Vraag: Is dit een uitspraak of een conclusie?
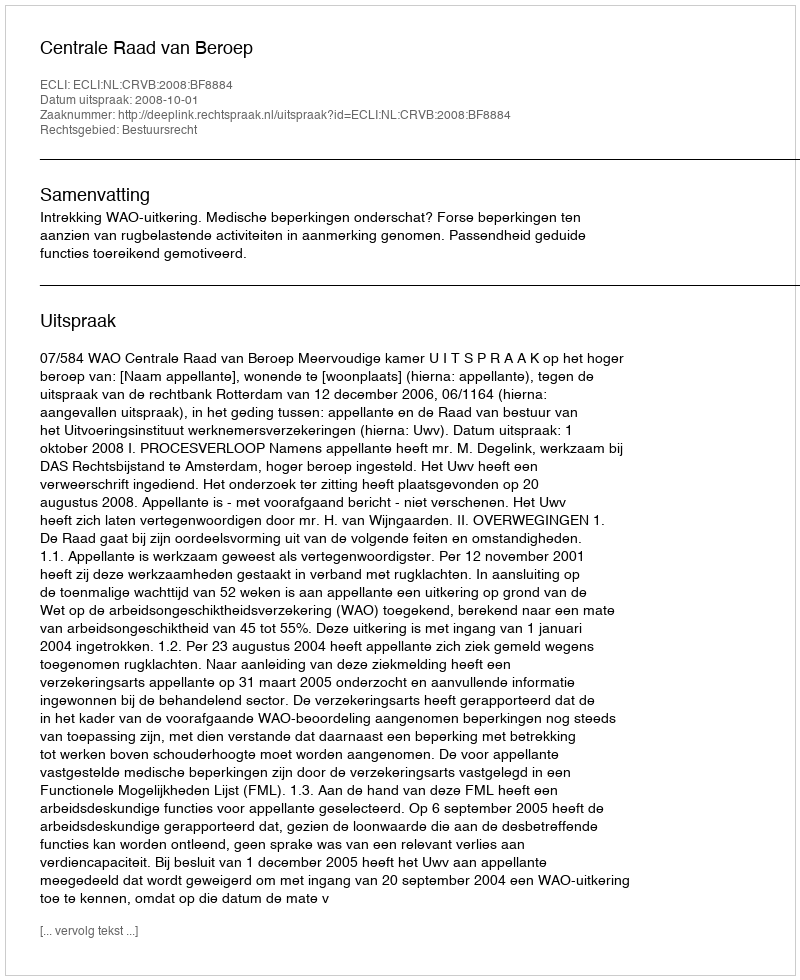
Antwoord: Uitspraak